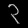
Digit: ၃